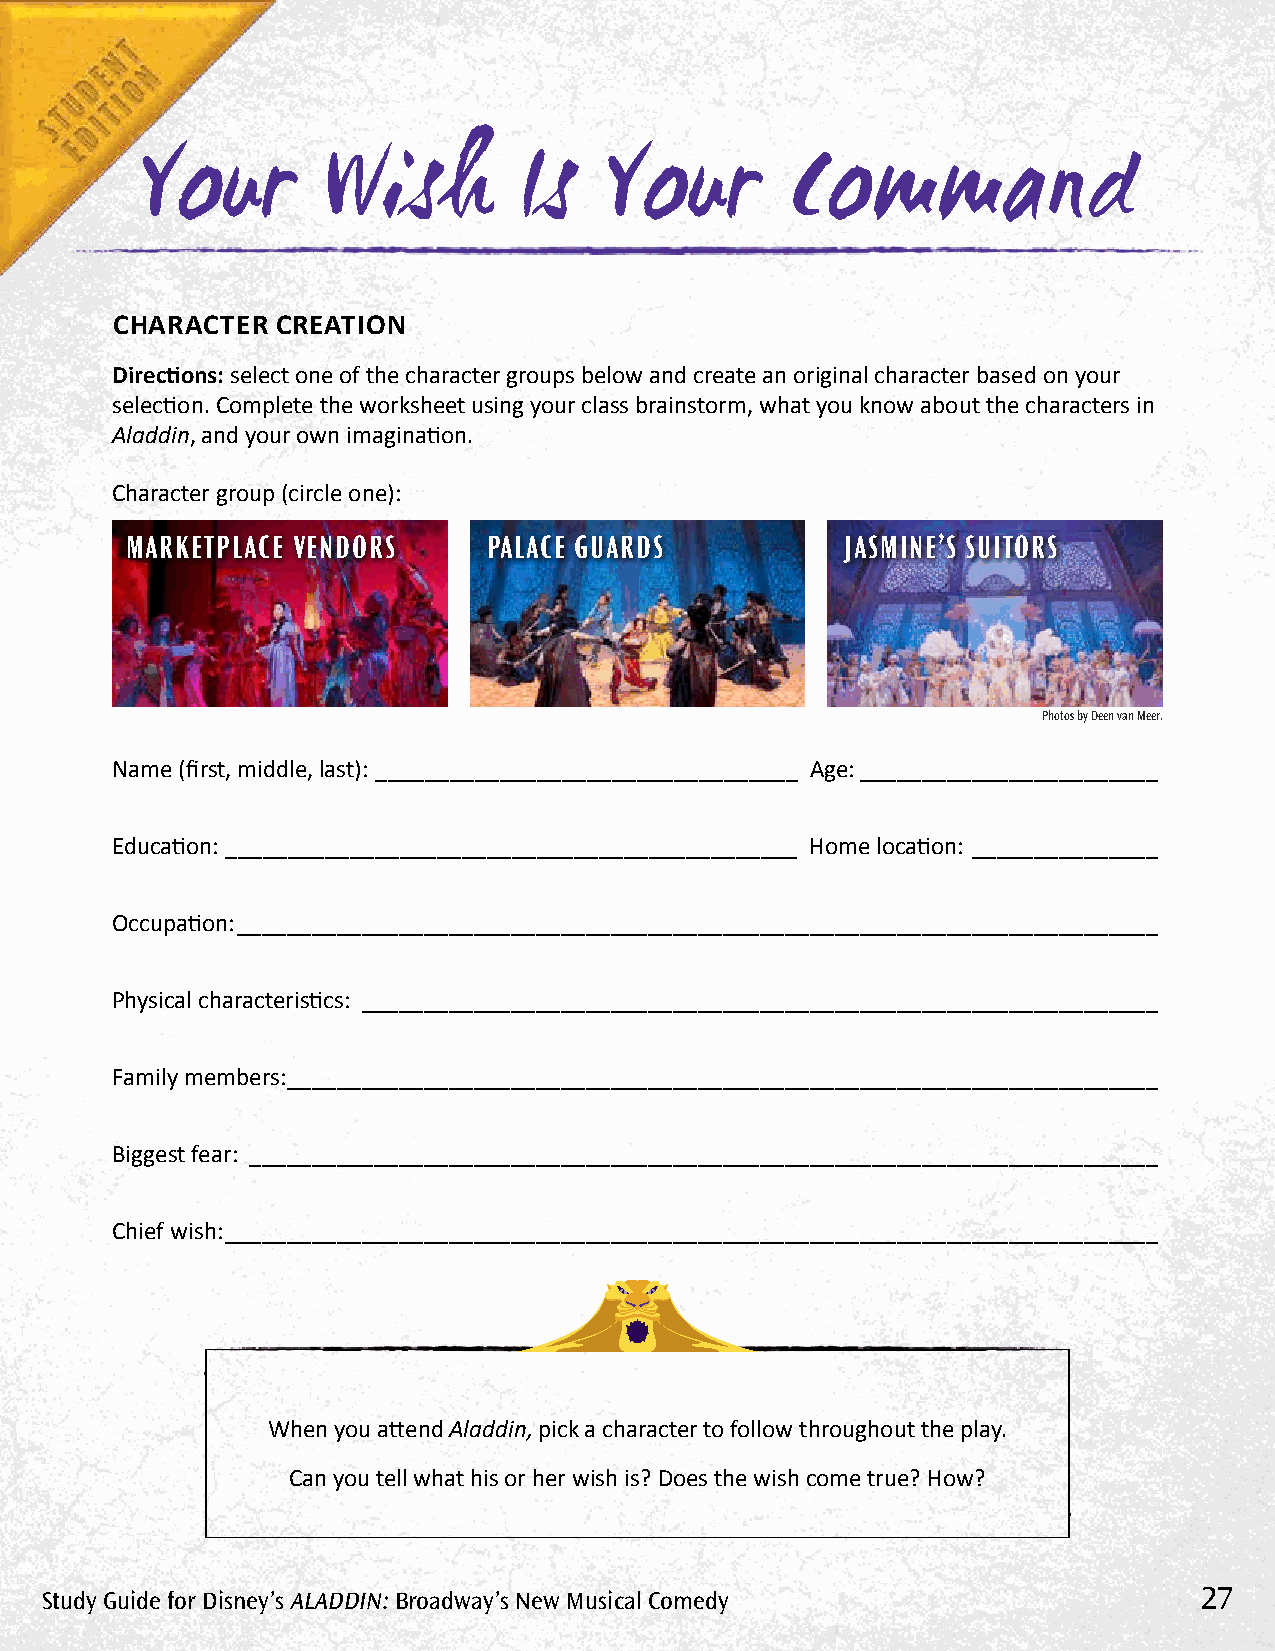
Your        Wish         Is    Your        Command
 CHARACTER  CREATION
 Directions: select one of the character groups below and create an original character based on your
 selection. Complete the worksheet using your class brainstorm, what you know about the characters in
 Aladdin, and your own imagination.
 Character group (circle one):
 MARkETPLACE VENDORS     PALACE GUARDS           JASMINE’S SUITORS
 Photos by Deen van Meer.
 Name (first, middle, last): __________________________________ Age: ________________________
 Education: ______________________________________________ Home location: _______________
 Occupation: __________________________________________________________________________
 Physical characteristics: ________________________________________________________________
 Family members: ______________________________________________________________________
 Biggest fear: _________________________________________________________________________
 Chief wish: ___________________________________________________________________________
 When you attend Aladdin, pick a character to follow throughout the play.
 Can you tell what his or her wish is? Does the wish come true? How?
 Study Guide for Disney’s AlADDin: Broadway’s new Musical Comedy             27